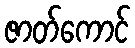
ဇာတ်ကောင်